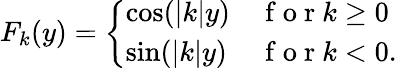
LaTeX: F_{k}(y)=\left\{ \begin{array}{ll}{\cos(|k|y)}&{\mathrm{~f~o~r~}k\ge 0}\\ {\sin(|k|y)}&{\mathrm{~f~o~r~}k<0.}\end{array}\right.